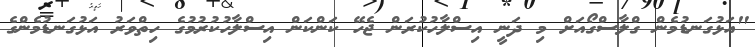
"އަޅުގަނޑުމެން ގްލާސްގޯއަށް މި ދަނީ އިސްލާހުކުރަން ޖެހޭ ކަންކަން އިސްލާހުކުރުމުގެ ހިތްވަރު އަޅުގަނޑުމެންގެ